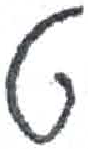
אות: ט